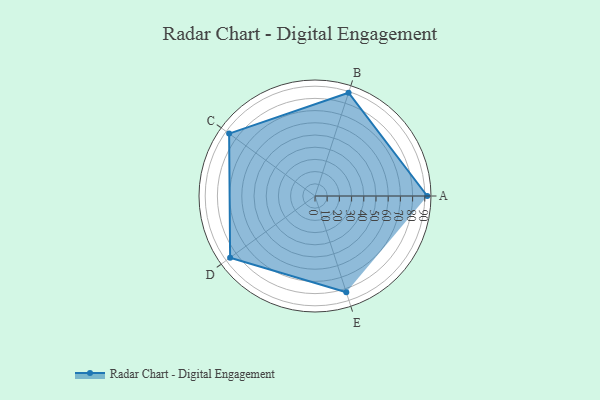
{"axis": {"x": "Skill", "y": "Score"}, "legend": ["Profile"], "data": [{"x": "A", "y": 92.0, "type": "Profile"}, {"x": "B", "y": 89.0, "type": "Profile"}, {"x": "C", "y": 87.0, "type": "Profile"}, {"x": "D", "y": 86.0, "type": "Profile"}, {"x": "E", "y": 83.0, "type": "Profile"}]}